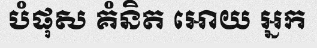
បំផុស គំនិត អោយ អ្នក